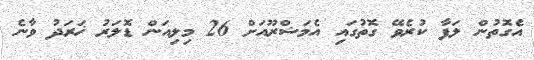
އެގޮތުން ލަފާ ކުރެވޭ ގޮތުގައި އެމަޝްރޫއަށް 26 މިލިއަން ޑޮލަރު ޚަރަދު ވާނެ